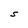
Character: S